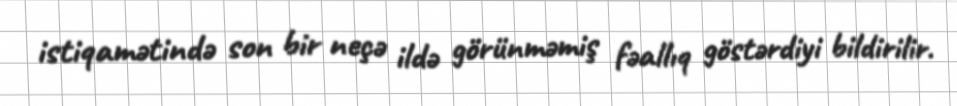
istiqamətində son bir neçə ildə görünməmiş fəallıq göstərdiyi bildirilir.